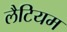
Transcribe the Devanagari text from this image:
लैटियम